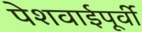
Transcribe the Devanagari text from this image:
पेशवाईपूर्वी